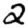
Digit: 2